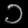
Digit: ၁